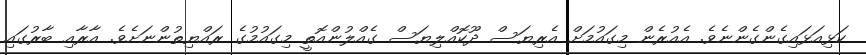
ކަޅިއަޅައިގެންގެންނެވެ. އެއުރެން މިގައުމަށް އެރިޔަސް ދޫކޮއްލިޔަސް ގެއްލުންއޮތީ މިގައުމުގެ ރައްޔިތުންނަށެވެ. އާރާއި ބާރުގައި